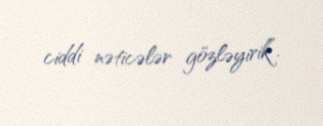
ciddi nəticələr gözləyirik”.